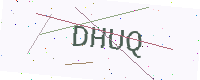
Text: DHUQ